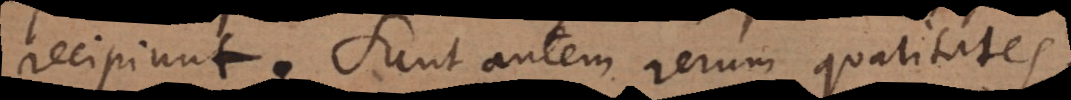
recipiunt. Sunt autem rerum qualitates,